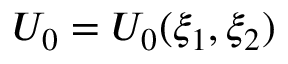
U _ { 0 } = U _ { 0 } ( \xi _ { 1 } , \xi _ { 2 } )